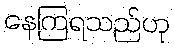
နေကြရသည်ဟု